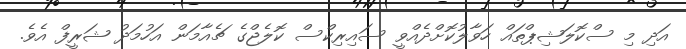
އަދި މި ސްކޮލަޝިޕްތައް ހަވާލުކޮށްދެއްވީ ސައިރިކްސް ކޮލެޖްގެ ޗެއާމަން އަހުމަދު ޝަރީފް އެވެ.